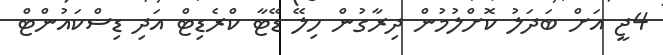
4ޖީ އަށް ބަދަލު ކޮށްލުމުން ދިރާގުން ހިލޭ ޑޭޓާ ކްރެޑިޓް އަދި ޑިސްކައުންޓް